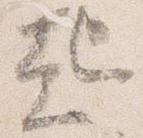
起